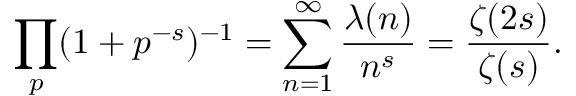
\prod _ { p } ( 1 + p ^ { - s } ) ^ { - 1 } = \sum _ { n = 1 } ^ { \infty } { \frac { \lambda ( n ) } { n ^ { s } } } = { \frac { \zeta ( 2 s ) } { \zeta ( s ) } } .